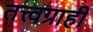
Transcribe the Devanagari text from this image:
तत्त्वग्राही